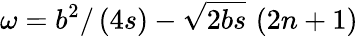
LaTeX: \omega=b^{2}/\left(4s\right)-\sqrt{2bs}\, \left(2n+1\right)